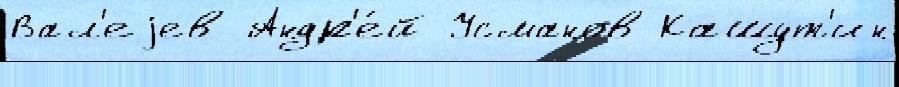
Вал'еjев Андр'е́й Усманов Кашут'ин